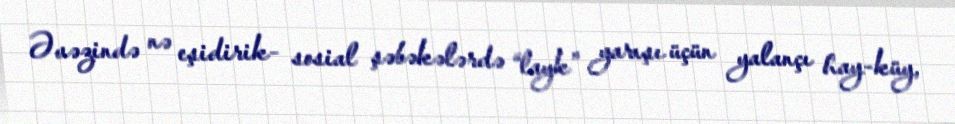
Əvəzində nə eşidirik- sosial şəbəkələrdə “layk” yarışı üçün yalançı hay-küy,